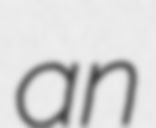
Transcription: an